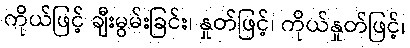
ကိုယ်ဖြင့် ချီးမွမ်းခြင်း၊ နှုတ်ဖြင့်၊ ကိုယ်နှုတ်ဖြင့်၊